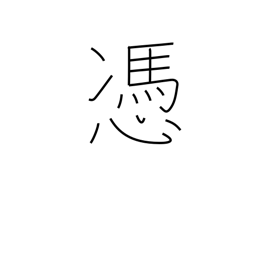
Meaning: haunt